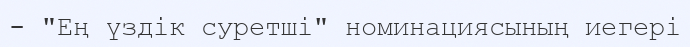
- "Ең үздік суретші" номинациясының иегері